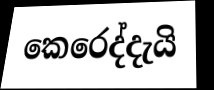
කෙරෙද්දැයි